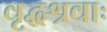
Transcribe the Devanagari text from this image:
वृद्धश्रवाः